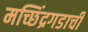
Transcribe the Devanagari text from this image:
मच्छिंद्रगडाची